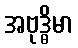
အဗုဒ္ဓိမာ